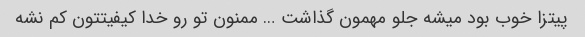
پیتزا خوب بود میشه جلو مهمون گذاشت … ممنون تو رو خدا کیفیتتون کم نشه